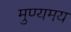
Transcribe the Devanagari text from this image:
मुण्यमय